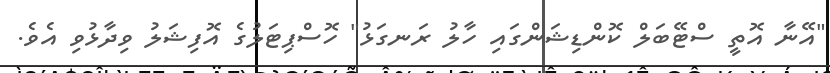
"އޭނާ އޮތީ ސްޓޭބަލް ކޮންޑިޝަންގައި ހާލު ރަނގަޅު" ހޮސްޕިޓަލުގެ އޮފިޝަލު ވިދާޅުވި އެވެ.